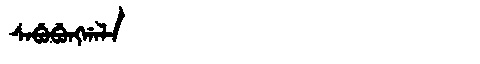
Manchu: ᠰᠠᠪᡠᠪᡠᠩᡤᠠᠯᠠ
Romanization: SABUBUNGGALA